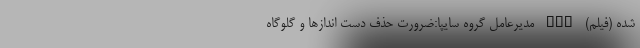
شده (فیلم) nan مديرعامل گروه سايپا:ضرورت حذف دست اندازها و گلوگاه